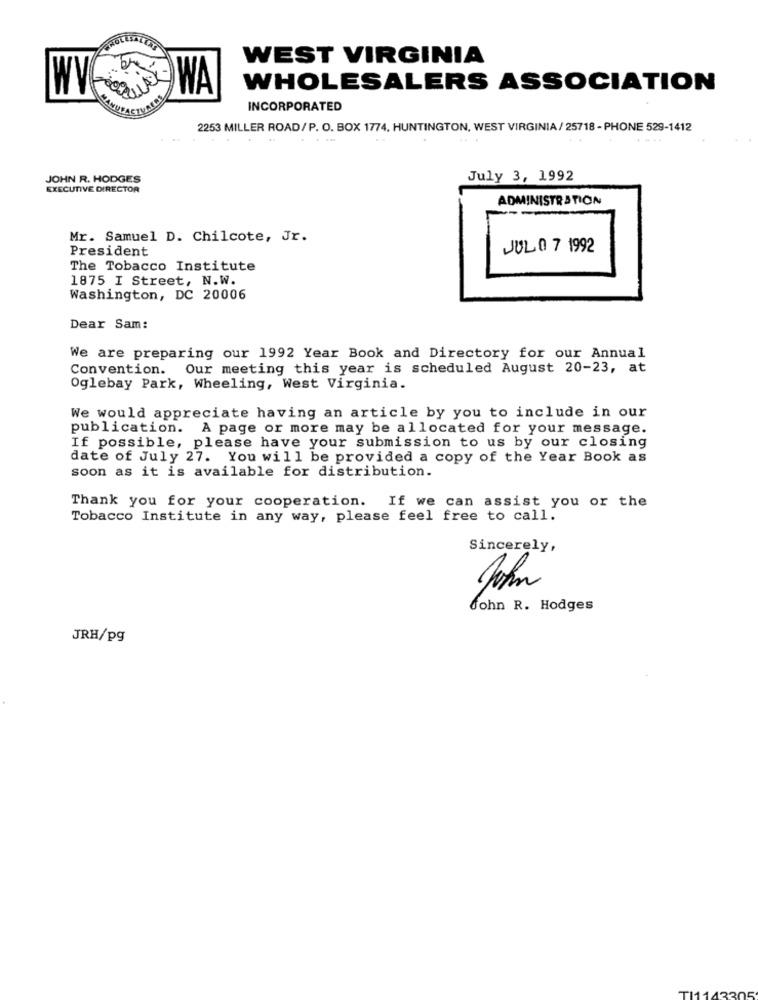
WEST VIRGINIA
WVE
WA
WHOLESALERS ASSOCIATION
INCORPORATED
2253 MILLER ROAD/P. O. BOX 1774, HUNTINGTON, WEST VIRGINIA/ 25718 - PHONE 529-1412
JOHN R. HODGES
July 3, 1992
EXECUTIVE DIRECTOR
ADMINISTRATION
Mr. Samuel D. Chilcote, Jr.
President
JUL 0 7 1992
The Tobacco Institute
1875 I Street, N.W.
Washington, DC 20006
Dear Sam:
We are preparing our 1992 Year Book and Directory for our Annual
Convention.
Our meeting this year is scheduled August 20-23, at
Oglebay Park, Wheeling, West Virginia.
We would appreciate having an article by you to include in our
publication. A page or more may be allocated for your message.
If possible, please have your submission to us by our closing
date of July 27. You will be provided a copy of the Year Book as
soon as it is available for distribution.
Thank you for your cooperation. If we can assist you or the
Tobacco Institute in any way, please feel free to call.
Sincerely,
John R. Hodges
JRH/pg